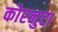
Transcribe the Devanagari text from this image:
कोरनुटा